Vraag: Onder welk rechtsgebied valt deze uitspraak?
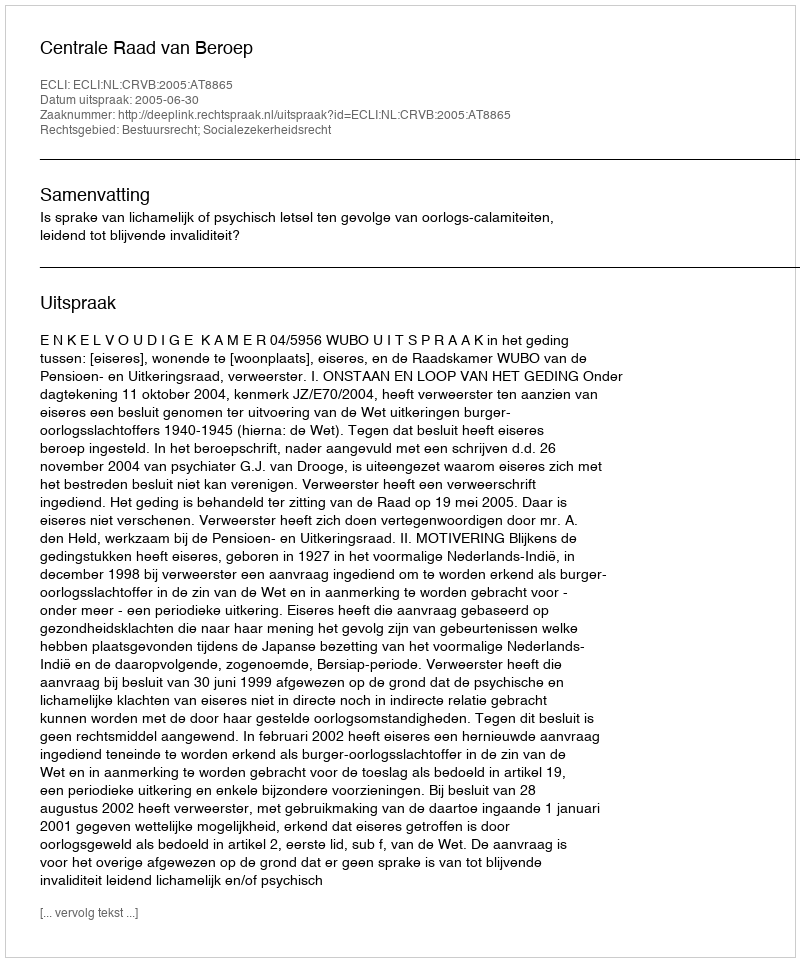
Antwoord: Bestuursrecht; Socialezekerheidsrecht